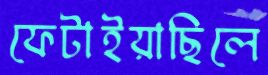
ফেটাইয়াছিলে